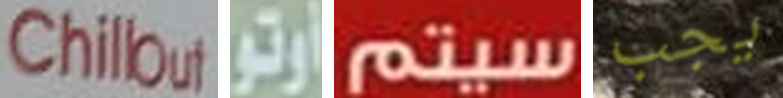
Chillout أوتو سيتم يجب